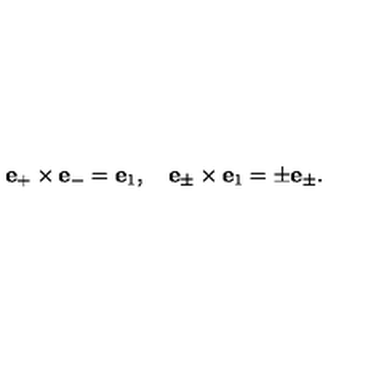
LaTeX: { \bf e } _ { + } \times { \bf e } _ { - } = { \bf e } _ { 1 } , \quad { \bf e } _ { \pm } \times { \bf e } _ { 1 } = \pm { \bf e } _ { \pm } .